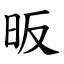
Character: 昄